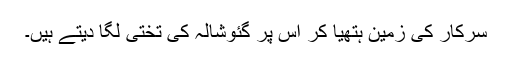
سرکار کی زمین ہتھیا کر اس پر گئوشالہ کی تختی لگا دیتے ہیں۔